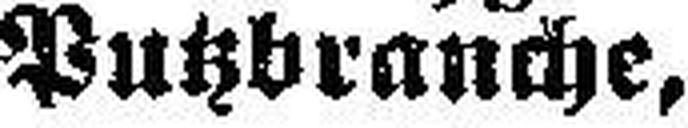
Putzbranche,